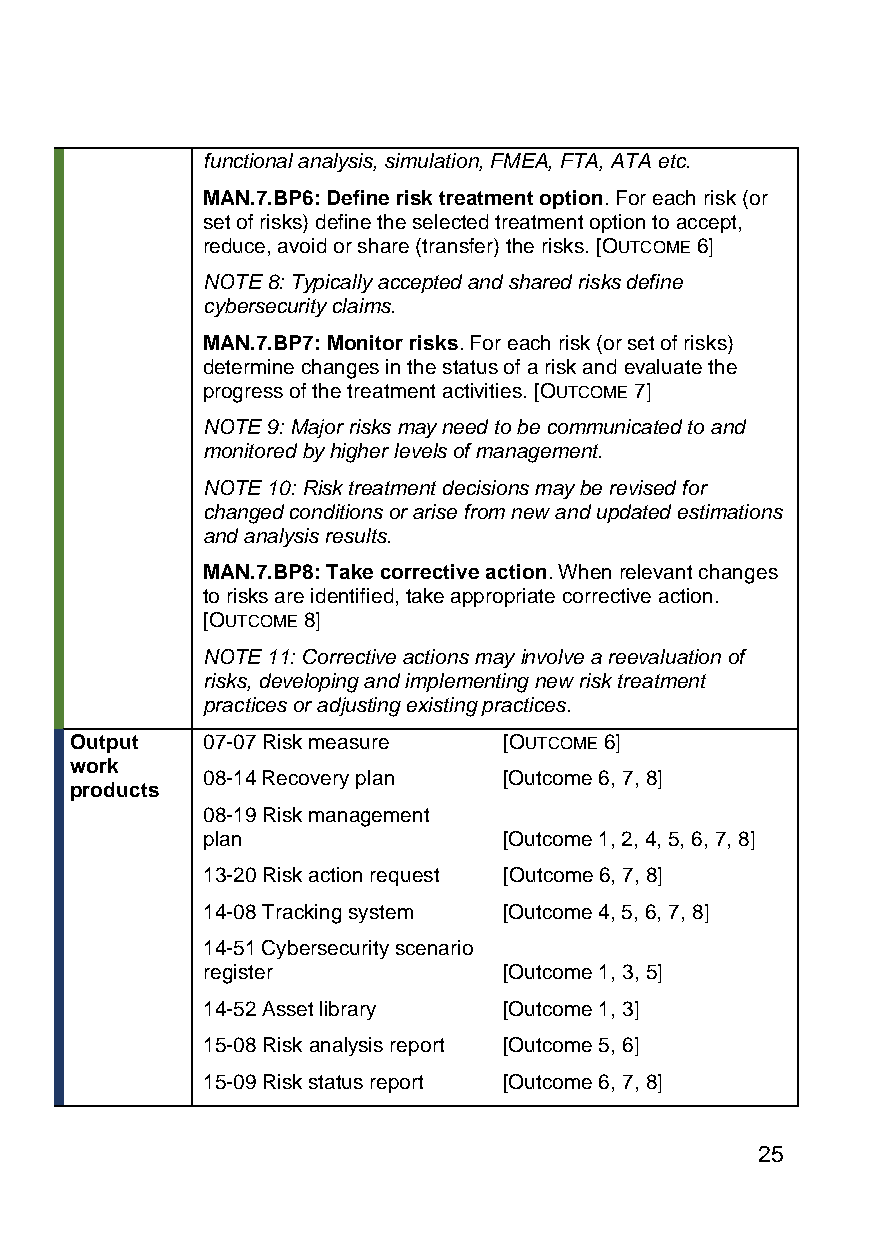
functional analysis, simulation, FMEA, FTA, ATA etc.
 MAN.7.BP6: Define risk treatment option. For each risk (or
 set of risks) define the selected treatment option to accept,
 reduce, avoid or share (transfer) the risks. [OUTCOME 6]
 NOTE 8: Typically accepted and shared risks define
 cybersecurity claims.
 MAN.7.BP7: Monitor risks. For each risk (or set of risks)
 determine changes in the status of a risk and evaluate the
 progress of the treatment activities. [OUTCOME 7]
 NOTE 9: Major risks may need to be communicated to and
 monitored by higher levels of management.
 NOTE 10: Risk treatment decisions may be revised for
 changed conditions or arise from new and updated estimations
 and analysis results.
 MAN.7.BP8: Take corrective action. When relevant changes
 to risks are identified, take appropriate corrective action.
 [OUTCOME 8]
 NOTE 11: Corrective actions may involve a reevaluation of
 risks, developing and implementing new risk treatment
 practices or adjusting existing practices.
 Output  07-07 Risk measure  [OUTCOME 6]
 work
 08-14 Recovery plan [Outcome 6, 7, 8]
 products
 08-19 Risk management
 plan                [Outcome 1, 2, 4, 5, 6, 7, 8]
 13-20 Risk action request [Outcome 6, 7, 8]
 14-08 Tracking system [Outcome 4, 5, 6, 7, 8]
 14-51 Cybersecurity scenario
 register            [Outcome 1, 3, 5]
 14-52 Asset library [Outcome 1, 3]
 15-08 Risk analysis report [Outcome 5, 6]
 15-09 Risk status report [Outcome 6, 7, 8]
 25